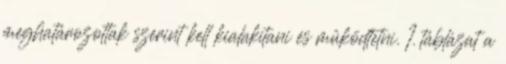
meghatározottak szerint kell kialakítani és mûködtetni. 1. táblázat a